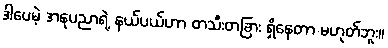
ဒါပေမဲ့ အနုပညာရဲ့ နယ်ပယ်ဟာ တသီးတခြား ရှိနေတာ မဟုတ်ဘူး။